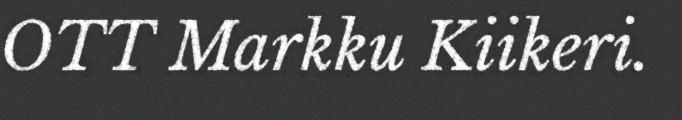
OTT Markku Kiikeri.